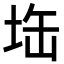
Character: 𭎘